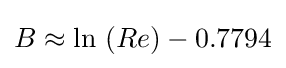
{\textstyle B\approx \mathrm {ln} \,\left(Re\right)-0.7794}